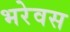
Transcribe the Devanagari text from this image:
भरेवस